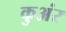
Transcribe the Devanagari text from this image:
कुअंर